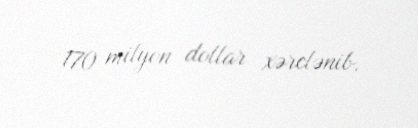
170 milyon dollar xərclənib.